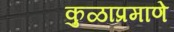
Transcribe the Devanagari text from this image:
कुळाप्रमाणे